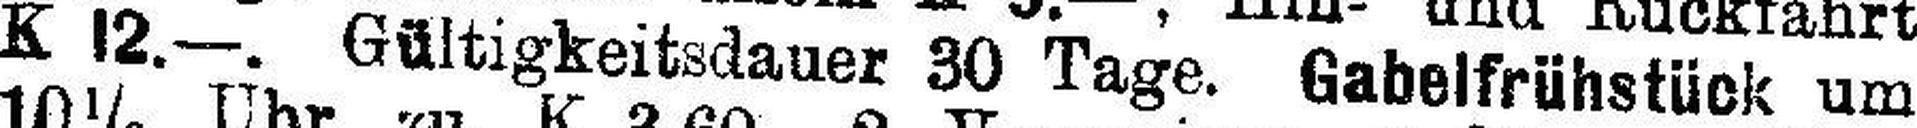
K 12.—. Gültigkeitsdauer 30 Tage. Gabelfrühstück um